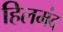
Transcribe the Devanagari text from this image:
हिलमंद